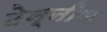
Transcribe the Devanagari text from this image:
टेन्नीज